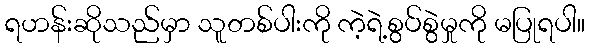
ရဟန်းဆိုသည်မှာ သူတစ်ပါးကို ကဲ့ရဲ့စွပ်စွဲမှုကို မပြုရပါ။